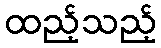
ထည့်သည့်